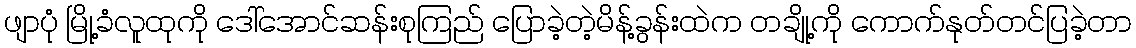
ဖျာပုံ မြို့ခံလူထုကို ဒေါ်အောင်ဆန်းစုကြည် ပြောခဲ့တဲ့မိန့်ခွန်းထဲက တချို့ကို ကောက်နုတ်တင်ပြခဲ့တာ